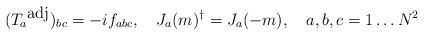
LaTeX: \begin{align*}(T_a{}^{\mbox{adj}})_{bc} = -if_{abc},\quad J_a(m)^{\dag} = J_a(-m),\quad a,b,c = 1\dots N^2\end{align*}